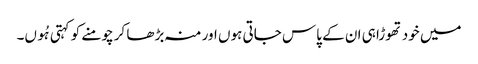
میں خود تھوڑا ہی ان کے پاس جاتی ہوں اور منہ بڑھا کر چومنے کو کہتی ہُوں۔